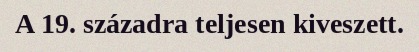
A 19. századra teljesen kiveszett.